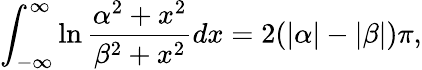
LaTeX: \int_{-\infty}^{\infty}\ln\frac{\alpha^{2}+x^{2}}{\beta^{2}+x^{2}}dx=2(|\alpha|-|\beta|)\pi,